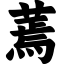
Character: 蔫